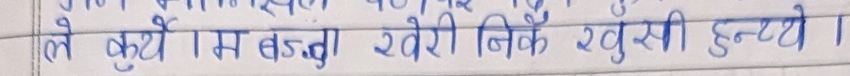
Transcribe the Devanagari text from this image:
ले कुर्थी। म बडुवा सवेरी निकै खुसी हुनेथे।